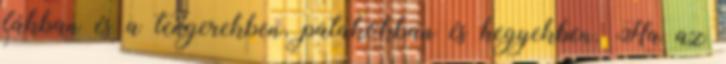
fákban és a tengerekben, patakokban és hegyekben. Ha az